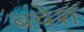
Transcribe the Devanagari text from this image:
बवेश